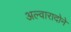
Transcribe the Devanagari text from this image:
अल्वारादोने